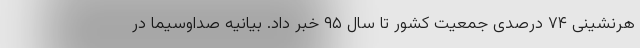
هرنشینی ۷۴ درصدی جمعیت کشور تا سال ۹۵ خبر داد. بیانیه صداوسيما در